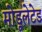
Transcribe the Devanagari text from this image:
मोडूलेटेड